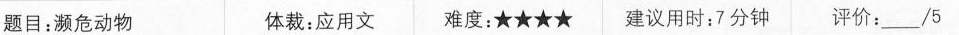
题目:濒危动物 体裁:应用文 难度:★★★★ 建议用时:7分钟 评价:___/5